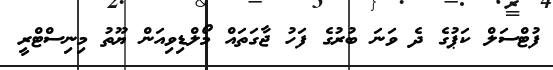
ފުޓްސަލް ކަޕުގެ ދެ ވަނަ ބުުރުގެ ފަހު ޖާގަތައް މޯލްޑިވިއަން ޔޫތު މިނިސްޓްރީ